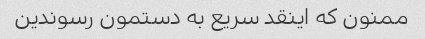
ممنون که اینقد سریع به دستمون رسوندین